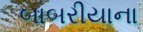
બાબરીયાના